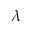
\lambda